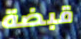
قبضة